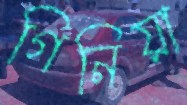
গিনিয়া